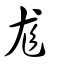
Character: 尨